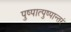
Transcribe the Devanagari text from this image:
पुष्पात्पुष्पान्तरं